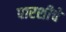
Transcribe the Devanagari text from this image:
पारशीचे